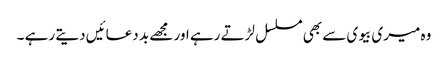
وہ میری بیوی سے بھی مسلسل لڑتے رہے اور مجھے بد دعائیں دیتے رہے ۔